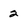
Character: 2